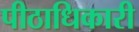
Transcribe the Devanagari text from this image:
पीठाधिकारी